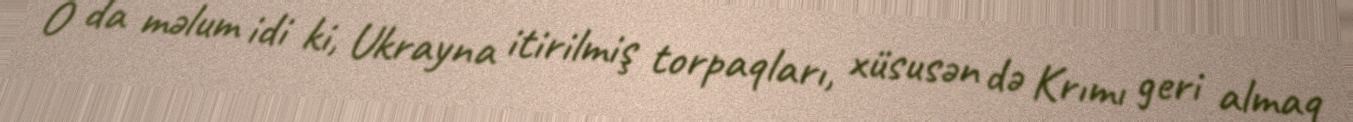
O da məlum idi ki, Ukrayna itirilmiş torpaqları, xüsusən də Krımı geri almaq